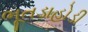
ભૂતડાહોડી